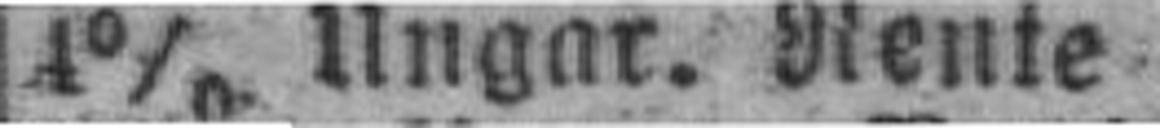
4% Ungar. Rente